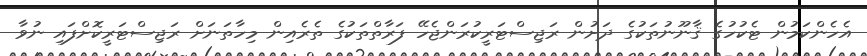
އެހެންކަމުން ޓެކުހުގެ ޤާނޫނުތަކުގެ ދަށުން ރަޖިސްޓަރީކުރަންޖެހޭ ފަރާތްތަކުގެ ތެރެއިން މިހާތަނަށް ރަޖިސްޓަރީކޮށްފައި ނުވާ